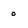
Character: o